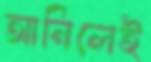
আনিলেই